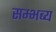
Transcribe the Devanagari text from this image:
सम्भब्य